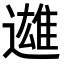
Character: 𨗑